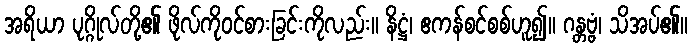
အရိယာ ပုဂ္ဂိုလ်တို့၏ ဖိုလ်ကိုဝင်စားခြင်းကိုလည်း။ နိဋ္ဌံ၊ ဧကန်စင်စစ်ဟူ၍။ ဂန္တဗ္ဗံ၊ သိအပ်၏။